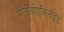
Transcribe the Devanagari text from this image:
पैलीयोएकिनॉइड